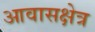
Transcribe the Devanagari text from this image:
आवासक्षेत्र